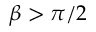
\beta > \pi / 2